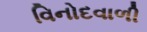
વિનોદવાળી